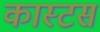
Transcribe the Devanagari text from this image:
कास्टस